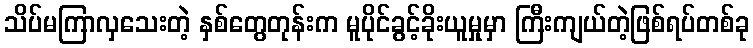
သိပ်မကြာလှသေးတဲ့ နှစ်တွေတုန်းက မူပိုင်ခွင့်ခိုးယူမှုမှာ ကြီးကျယ်တဲ့ဖြစ်ရပ်တစ်ခု